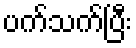
ပက်သက်ပြီး